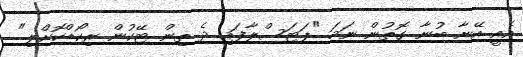
އެއީ އޭނާ ބުނާ ގޮތުން ނަމަ "ޕަޓަސްލާފައި ދެ ތިން ޓޭކުން ރިކޯޑްކޮށްލި"